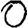
Digit: 0